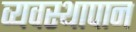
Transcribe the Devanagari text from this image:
व्यवस्थापान